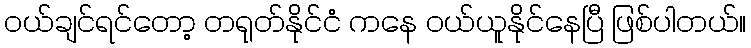
ဝယ်ချင်ရင်တော့ တရုတ်နိုင်ငံ ကနေ ဝယ်ယူနိုင်နေပြီ ဖြစ်ပါတယ်။